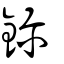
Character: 鉨